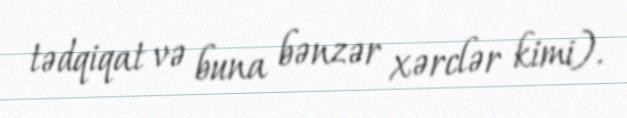
tədqiqat və buna bənzər xərclər kimi).